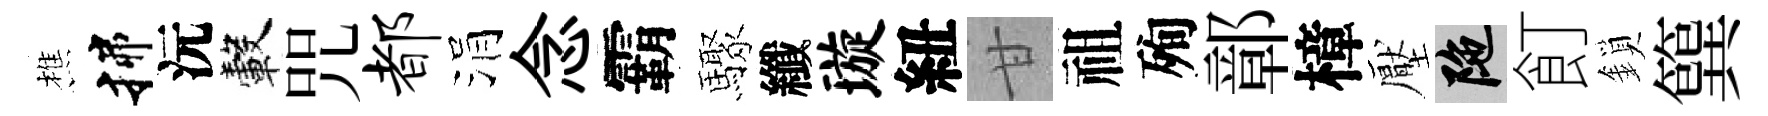
樵揲沅轂咒都涓念霸驟纖璇紐甘祖殉鄣樟壓陀飣鎖簨